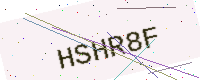
Text: HSHR8F